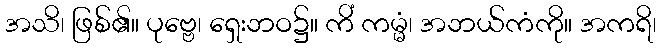
အသိ၊ ဖြစ်၏။ ပုဗ္ဗေ၊ ရှေးဘဝ၌။ ကိံ ကမ္မံ၊ အဘယ်ကံကို။ အကရိ၊